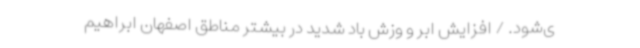
ی‌شود. / افزایش ابر و وزش باد شدید در بیشتر مناطق اصفهان ابراهیم